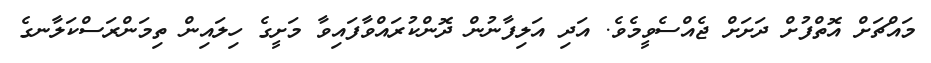
މައްޗަށް އޮތްފުށް ދަށަށް ޖެއްސެވީމެވެ. އަދި އަލިފާނުން ދޮންކުރައްވާފައިވާ މަށީގެ ހިލައިން ތިމަންރަސްކަލާނގެ